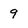
Character: 9